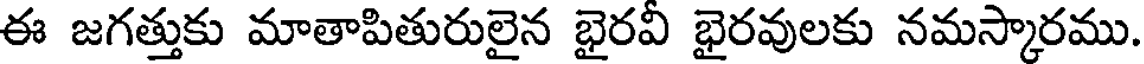
ఈ జగత్తుకు మాతాపితురులైన భైరవీ భైరవులకు నమస్కారము.